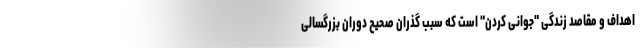
اهداف و مقاصد زندگی "جوانی کردن" است که سبب گذران صحیح دوران بزرگسالی